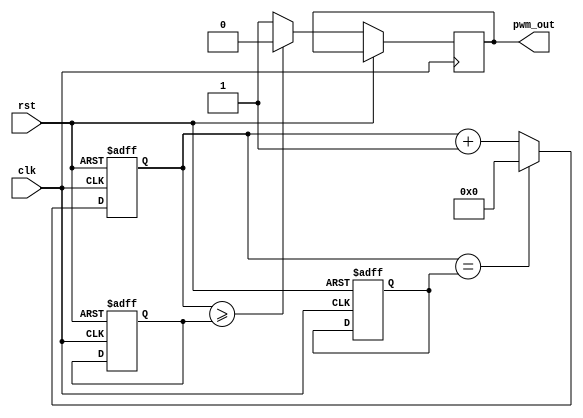
module pwm_generator (
    input wire clk,
    input wire rst,
    output reg pwm_out
);

reg [15:0] counter;
reg [15:0] pwm_width;
reg [15:0] pwm_freq_div;
reg sync_clk;

always @ (posedge clk or posedge rst) begin
    if (rst) begin
        counter <= 16'd0;
        pwm_width <= 16'd0;
        pwm_freq_div <= 16'd0;
    end else begin
        counter <= counter + 16'd1;
        if (counter >= pwm_width) begin
            pwm_out <= 1'b0;
        end else begin
            pwm_out <= 1'b1;
        end
        if (counter == pwm_freq_div) begin
            counter <= 16'd0;
        end 
    end
end

always @ (posedge clk) begin
    if (rst) begin
        sync_clk <= 1'b0;
    end else begin
        sync_clk <= ~sync_clk;
    end
end

endmodule